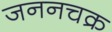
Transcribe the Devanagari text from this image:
जननचक्र